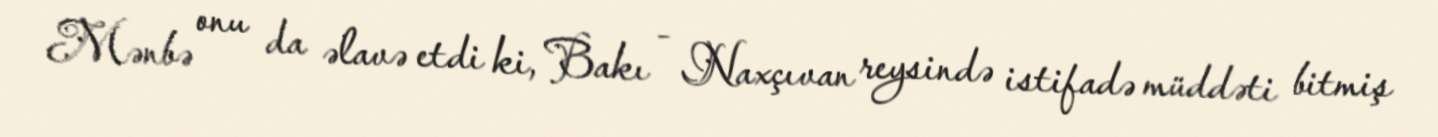
Mənbə onu da əlavə etdi ki, Bakı - Naxçıvan reysində istifadə müddəti bitmiş